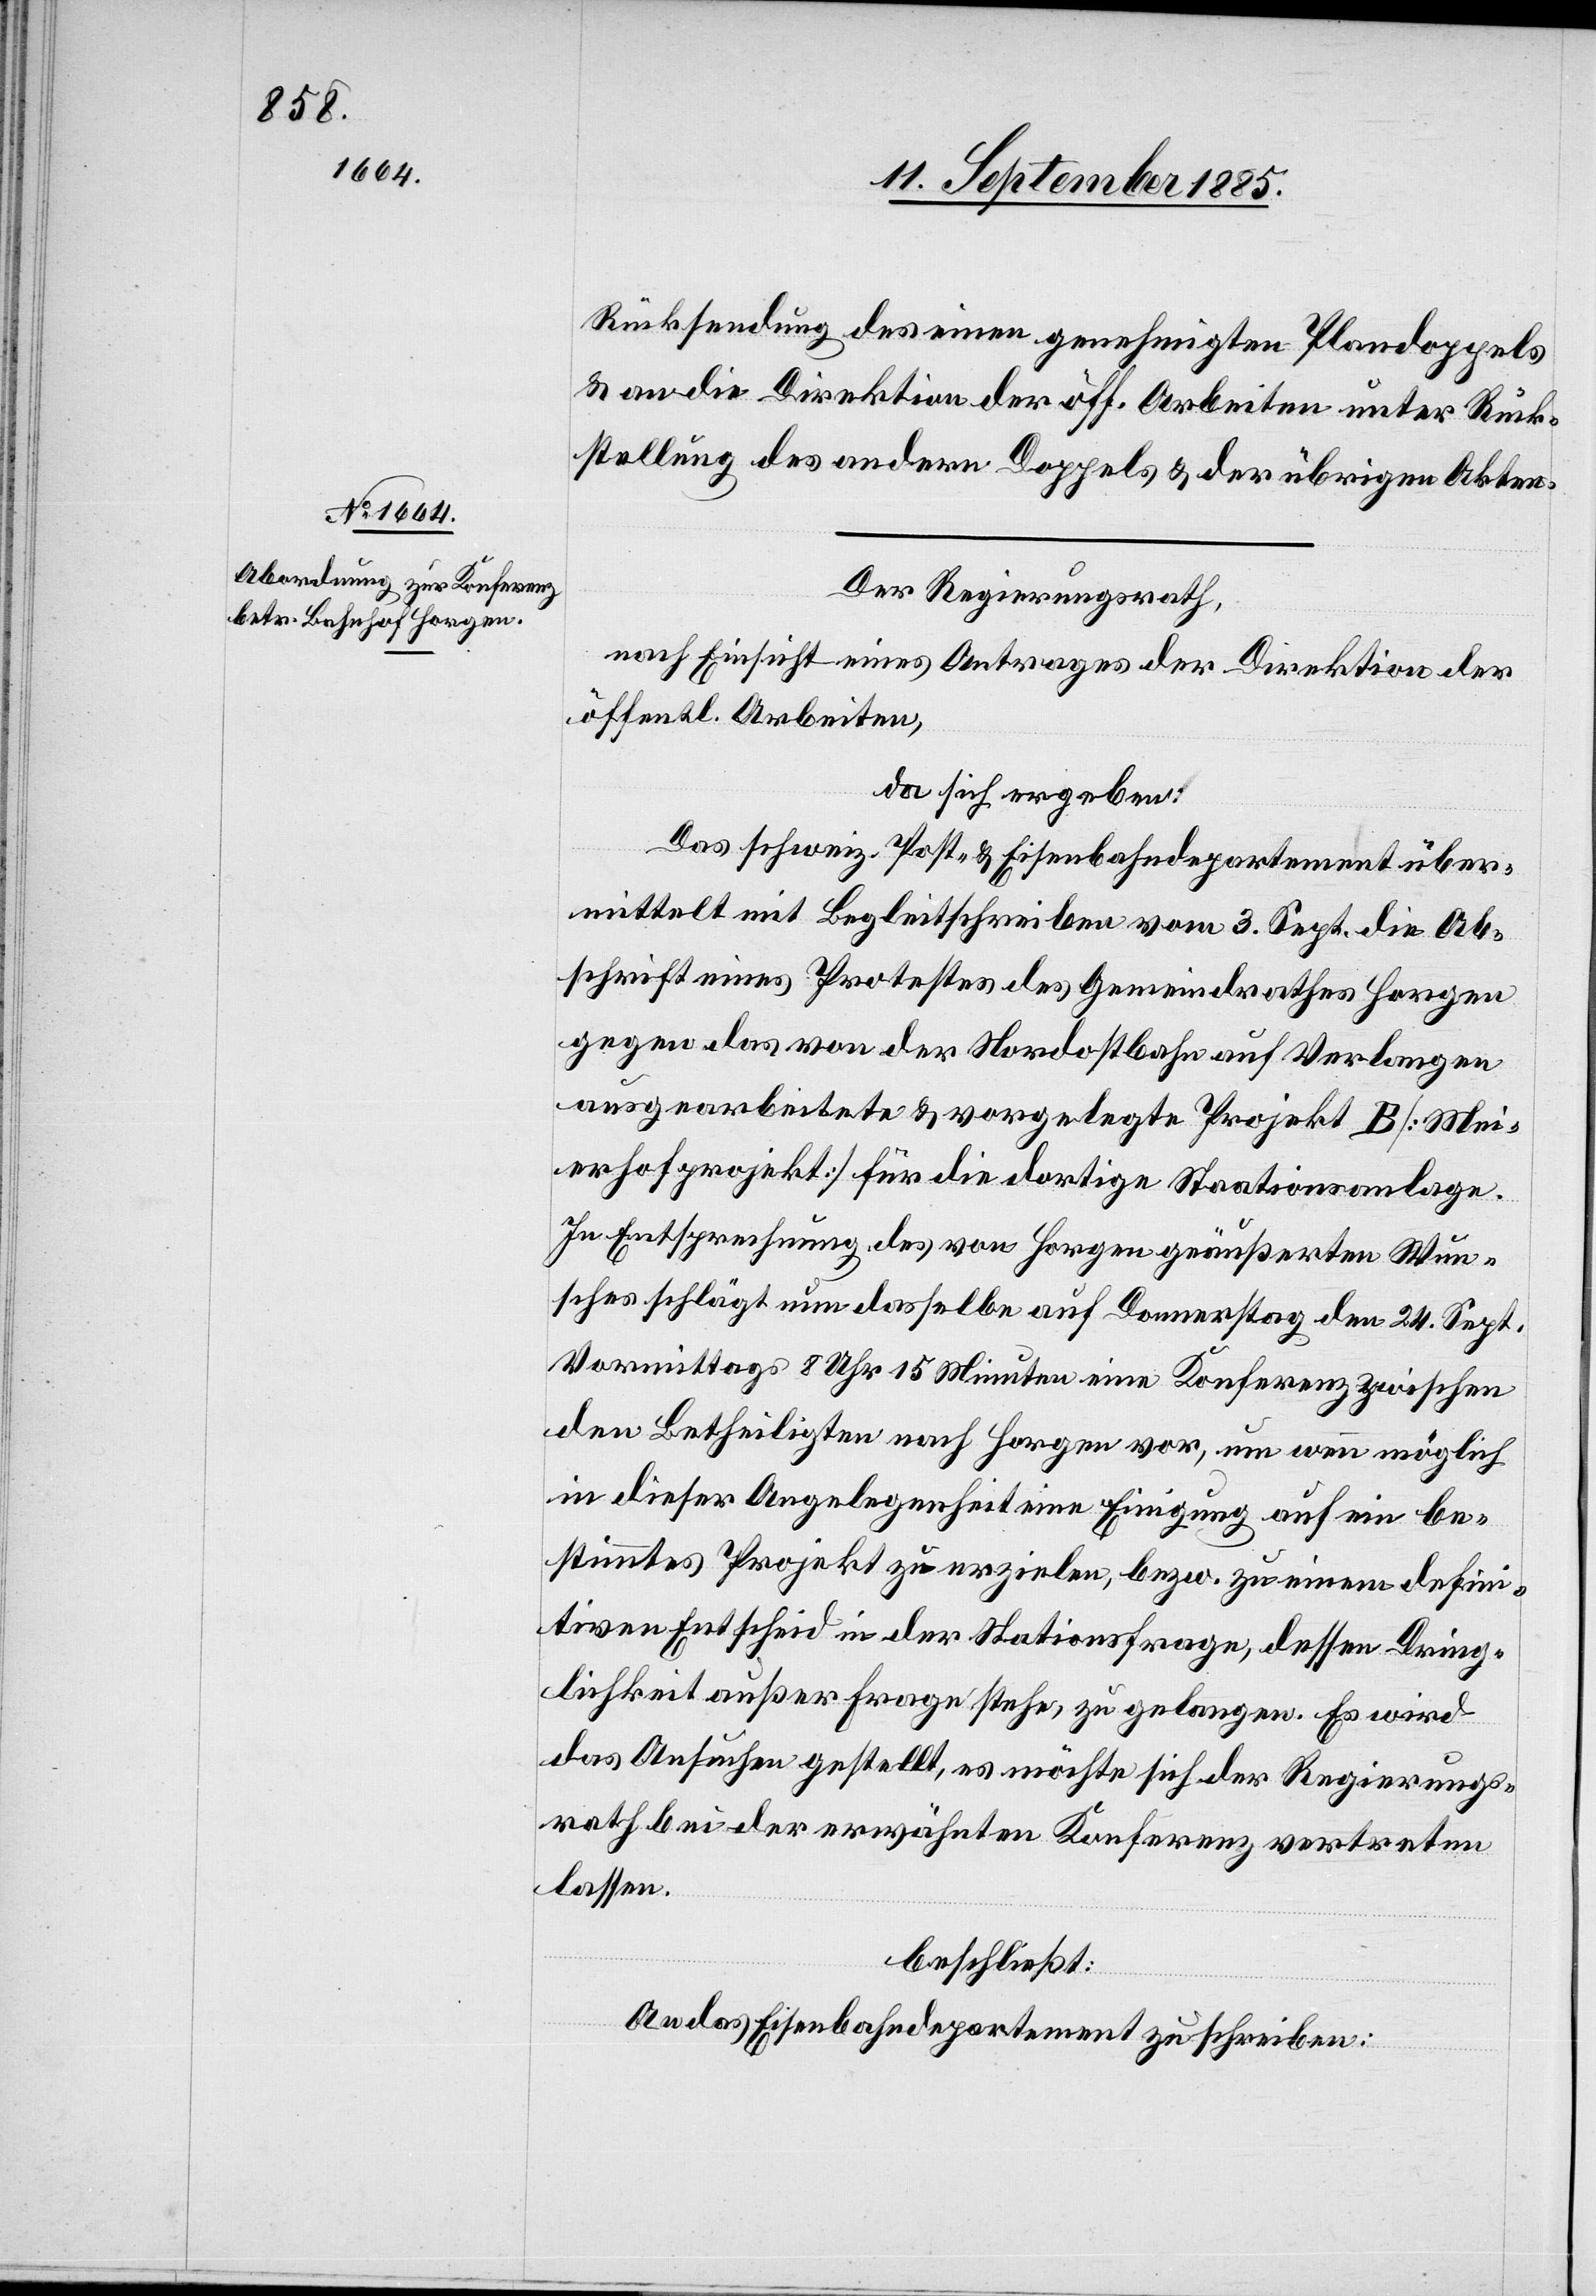
Rücksendung des einen genehmigten Plandoppels
& an die Direktion der öff. Arbeiten unter Rück¬
stellung des andern Doppels & der übrigen Akten.
Der Regierungsrath,
nach Einsicht eines Antrages der Direktion der
öffentl. Arbeiten,
da sich ergeben:
Das schweiz. Post- & Eisenbahndepartement über¬
mittelt mit Begleitschreiben vom 3. Sept. die Ab¬
schrift eines Protestes des Gemeindrathes Horgen
gegen das von der Nordostbahn auf Verlangen
ausgearbeitete & vorgelegte Projekt B [Mei¬
erhofprojekt] für die dortige Stationsanlage.
In Entsprechung des von Horgen geäußerten Wun¬
sches schlägt nun dasselbe auf Donnerstag den 24. Sept.
Vormittags 8 Uhr 15 Minuten eine Konferenz zwischen
den Betheiligten nach Horgen vor, um wenn möglich
in dieser Angelegenheit eine Einigung auf ein be¬
stimmtes Projekt zu erzielen, bezw. zu einem defini¬
tiven Entscheid in der Stationsfrage, dessen Dring¬
lichkeit außer Frage stehe, zu gelangen. Es wird
das Ansuchen gestellt, es möchte sich der Regierungs¬
rath bei der erwähnten Konferenz vertreten
lassen.
beschließt:
An das Eisenbahndepartement zu schreiben: